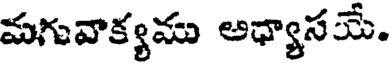
మగువాక్యమ అధ్యాసయే.